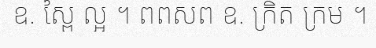
ឧ. ស្ពៃ ល្អ ។ ពពសព ឧ. ក្រិត ក្រម ។